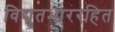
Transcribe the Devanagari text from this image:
विद्युतभाररहित